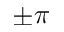
\pm \pi